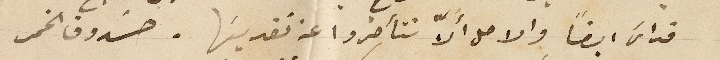
قداس ايضاً والامل ألاّ تتأخروا عن تقديسها . صندوق الخمر